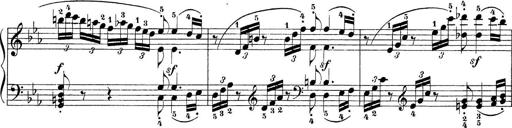
Title: Sonatina Album
Composer: Louis KÃ¶hler